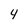
Character: 4